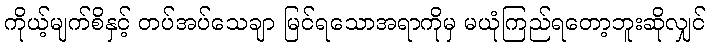
ကိုယ့်မျက်စိနှင့် တပ်အပ်သေချာ မြင်ရသောအရာကိုမှ မယုံကြည်ရတော့ဘူးဆိုလျှင်